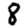
Digit: 8